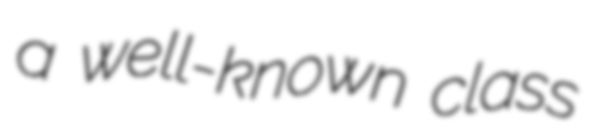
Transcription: a well-known class